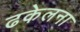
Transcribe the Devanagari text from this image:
ढकेलना